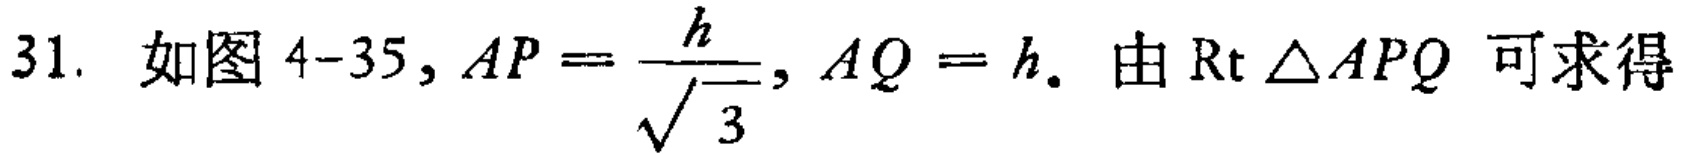
31. 如图4-35, \(AP = \frac{h}{\sqrt{3}}, AQ = h\). 由\(\text{Rt} \triangle APQ\) 可求得